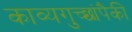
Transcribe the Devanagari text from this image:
काव्यगुच्छांपैकी